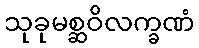
သုခုမစ္ဆဝိလက္ခဏံ